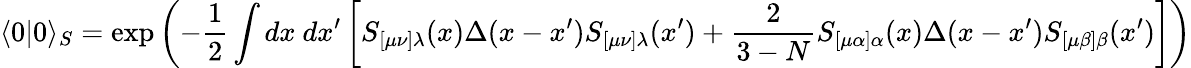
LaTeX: \langle 0|0\rangle_{S}=\exp{\left(-{\frac{1}{2}}\int dx~dx^{\prime}\left[S_{[\mu\nu]\lambda}(x)\Delta(x-x^{\prime})S_{[\mu\nu]\lambda}(x^{\prime})+{\frac{2}{3-N}}S_{[\mu\alpha]\alpha}(x)\Delta(x-x^{\prime})S_{[\mu\beta]\beta}(x^{\prime})\right]\right)}